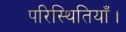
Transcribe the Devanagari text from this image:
परिस्थितियाँ।